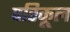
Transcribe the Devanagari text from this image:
परिकूल